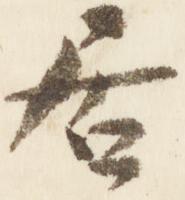
居